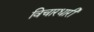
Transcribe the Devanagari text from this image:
विचारधारी